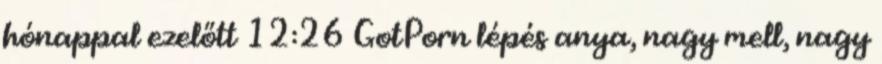
hónappal ezelőtt 12:26 GotPorn lépés anya, nagy mell, nagy